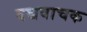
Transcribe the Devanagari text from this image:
वच्चवाचक